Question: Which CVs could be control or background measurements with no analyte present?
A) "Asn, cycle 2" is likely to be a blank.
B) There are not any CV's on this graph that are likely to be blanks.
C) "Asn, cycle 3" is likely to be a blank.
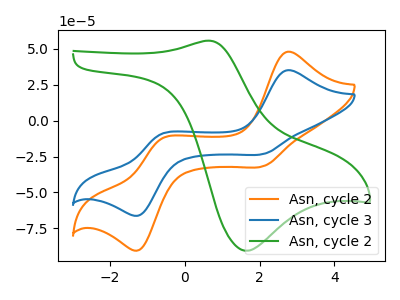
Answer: <think>The orange curve "Asn, cycle 2" has anodic peaks at (2.75V, 48.00uA) (-0.65V, -12.65uA) and cathodic peaks at (2.10V, -31.55uA) (-1.20V, -89.95uA). The blue curve "Asn, cycle 3" has anodic peaks at (2.75V, 35.10uA) (-0.65V, -9.25uA) and cathodic peaks at (2.10V, -23.10uA) (-1.20V, -65.85uA). The green curve "Asn, cycle 2" has an anodic peak at (0.65V, 55.65uA) and a cathodic peak at (1.65V, -90.60uA).</think>
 <answer>B) There are not any CV's on this graph that are likely to be blanks.</answer>
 <eval>B</eval>